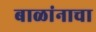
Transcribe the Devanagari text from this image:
बाळांनाचा